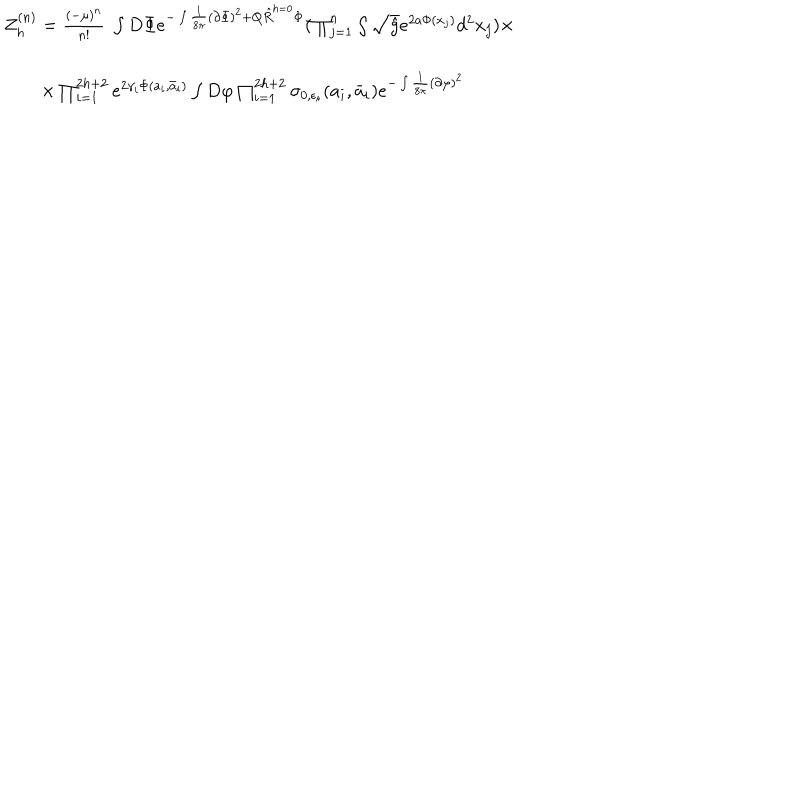
LaTeX: \begin{array} { l } { { Z _ { h } ^ { ( n ) } = \frac { \left( - \mu \right) ^ { n } } { n ! } \; \int D \Phi e ^ { - \int \frac { 1 } { 8 \pi } ( \partial \Phi ) ^ { 2 } + Q \hat { R } ^ { h = 0 } \Phi } ( \prod _ { j = 1 } ^ { n } \int \sqrt { \hat { g } } e ^ { 2 a \Phi ( x _ { j } ) } d ^ { 2 } x _ { j } ) \times } } \\ { { \nonumber } } \\ { { \qquad \times \prod _ { i = 1 } ^ { 2 h + 2 } e ^ { 2 \gamma _ { i } \Phi ( a _ { i } , \bar { a } _ { i } ) } \int D \varphi \prod _ { i = 1 } ^ { 2 h + 2 } \sigma _ { 0 , \epsilon _ { i } } ( a _ { i } , \bar { a } _ { i } ) e ^ { - \int \frac { 1 } { 8 \pi } ( \partial \varphi ) ^ { 2 } } } } \\ \end{array}